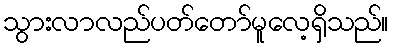
သွားလာလည်ပတ်တော်မူလေ့ရှိသည်။